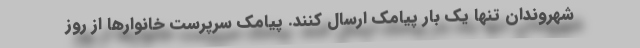
شهروندان تنها یک بار پیامک ارسال کنند. پیامک سرپرست خانوارها از روز